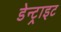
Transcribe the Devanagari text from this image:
डेन्ट्राइट